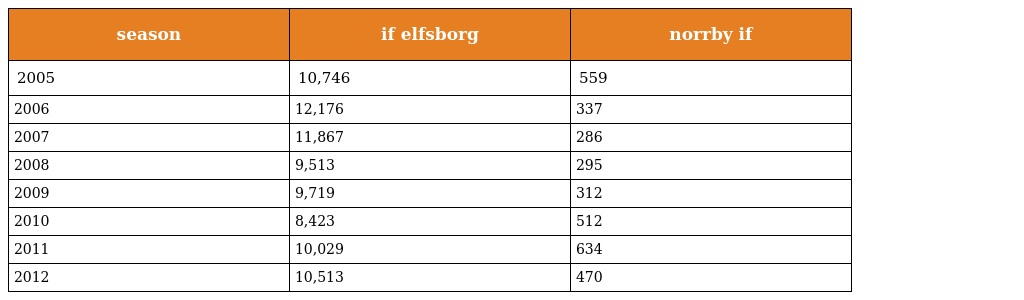
| season | if elfsborg | norrby if |
 | --- | --- | --- |
 | 2005 | 10,746 | 559 |
 | 2006 | 12,176 | 337 |
 | 2007 | 11,867 | 286 |
 | 2008 | 9,513 | 295 |
 | 2009 | 9,719 | 312 |
 | 2010 | 8,423 | 512 |
 | 2011 | 10,029 | 634 |
 | 2012 | 10,513 | 470 |